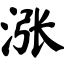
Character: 涨